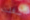
شغلت